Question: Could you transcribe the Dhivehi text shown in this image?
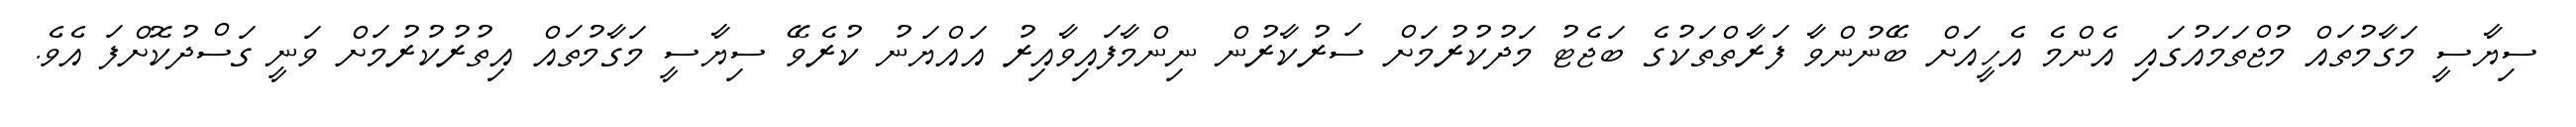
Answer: ސިޔާސީ މަގާމުތައް މުޖްތަމައުގައި އެންމެ އެހީއަށް ބޭނުންވާ ފަރާތްތަކުގެ ބަޖެޓު މަދުކުރުމަށް ސަރުކާރުން ނިންމާފައިވާއިރު އައްޔަނު ކުރެވޭ ސިޔާސީ މަގާމުތައް އިތުރުކުރުމަށް ވަނީ ގަސްދުކޮށްފަ އެވެ.